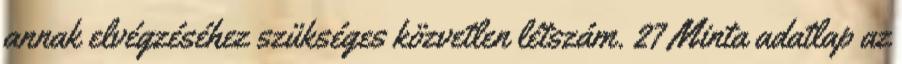
annak elvégzéséhez szükséges közvetlen létszám. 27 Minta adatlap az